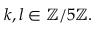
k , l \in \mathbb { Z } / 5 \mathbb { Z } .